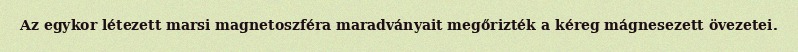
Az egykor létezett marsi magnetoszféra maradványait megőrizték a kéreg mágnesezett övezetei.